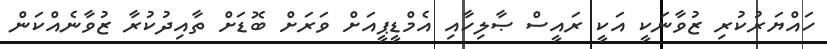
ހައްޔަރުކުރި ޒުވާނަކީ އަކީ ރައީސް ޞާލިހާއި އެމްޑީޕީއަށް ވަރަށް ބޮޑަށް ތާއިދުކުރާ ޒުވާނެއްކަން